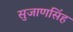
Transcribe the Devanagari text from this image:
सुजाणसिंह